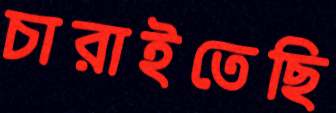
চারাইতেছি